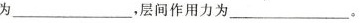
为___，层间作用力为___。